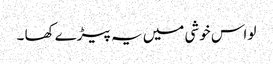
لو اس خوشی میں یہ پیڑے کھا ۔